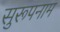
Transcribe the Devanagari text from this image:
सुरूपनाम